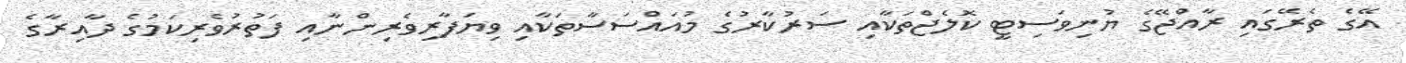
އޭގެ ތެރޭގައި ރާއްޖޭގެ ޔުނިވަސިޓީ ކޮލެޖްތަކާއި ސަރުކާރުގެ މުއައްސަސާތަކާއި ވިޔަފާރިވެރިންނާއި ފަތުރުވެރިކަމުގެ ދާއިރާގެ